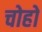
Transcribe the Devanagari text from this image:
चोहो